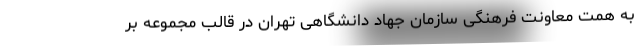
به همت معاونت فرهنگی سازمان جهاد دانشگاهی تهران در قالب مجموعه بر